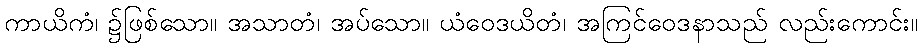
ကာယိကံ၊ ၌ဖြစ်သော။ အသာတံ၊ အပ်သော။ ယံဝေဒယိတံ၊ အကြင်ဝေဒနာသည် လည်းကောင်း။